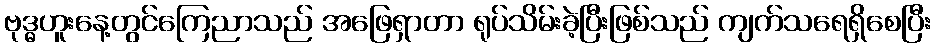
ဗုဒ္ဓဟူးနေ့တွင်ကြေညာသည် အဖြေရှာတာ ရုပ်သိမ်းခဲ့ပြီးဖြစ်သည် ကျက်သရေရှိစေပြီး